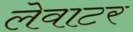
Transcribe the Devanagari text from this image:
लेवाटर